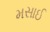
મસાઈ